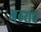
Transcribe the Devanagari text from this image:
अठराच